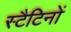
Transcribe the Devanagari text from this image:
स्टैटिनों